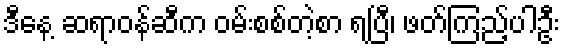
ဒီနေ့ ဆရာဝန်ဆီက ဝမ်းစစ်တဲ့စာ ရပြီ၊ ဖတ်ကြည့်ပါဦး